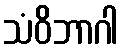
သံဝိဘာဂါ